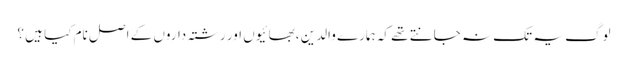
لوگ یہ تک نہ جانتے تھے کہ ہمارے والدین ،بھائیوں اور رشتہ داروں کے اصل نام کیا ہیں ؟